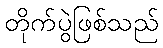
တိုက်ပွဲဖြစ်သည်